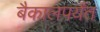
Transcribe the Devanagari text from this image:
बैकालपर्यंत